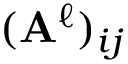
( \mathbf { A } ^ { \ell } ) _ { i j }